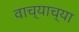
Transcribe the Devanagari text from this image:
वाच्याच्या